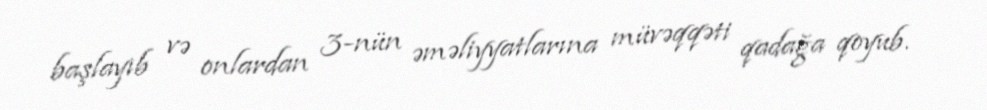
başlayıb və onlardan 3-nün əməliyyatlarına müvəqqəti qadağa qoyub.